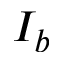
I _ { b }